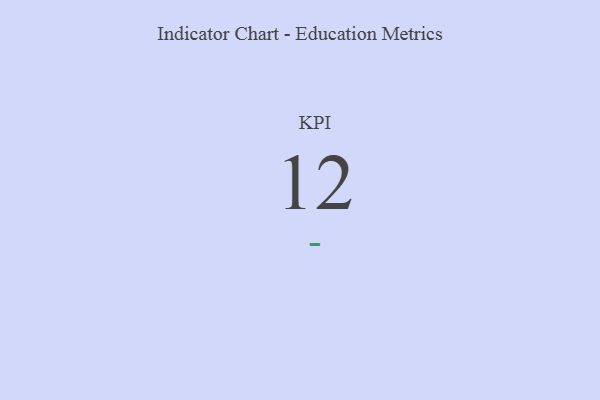
{"axis": {"x": "KPI", "y": "Value"}, "legend": [""], "data": [{"x": "KPI", "y": 12, "type": ""}]}